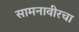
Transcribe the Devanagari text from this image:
सामनावीरचा